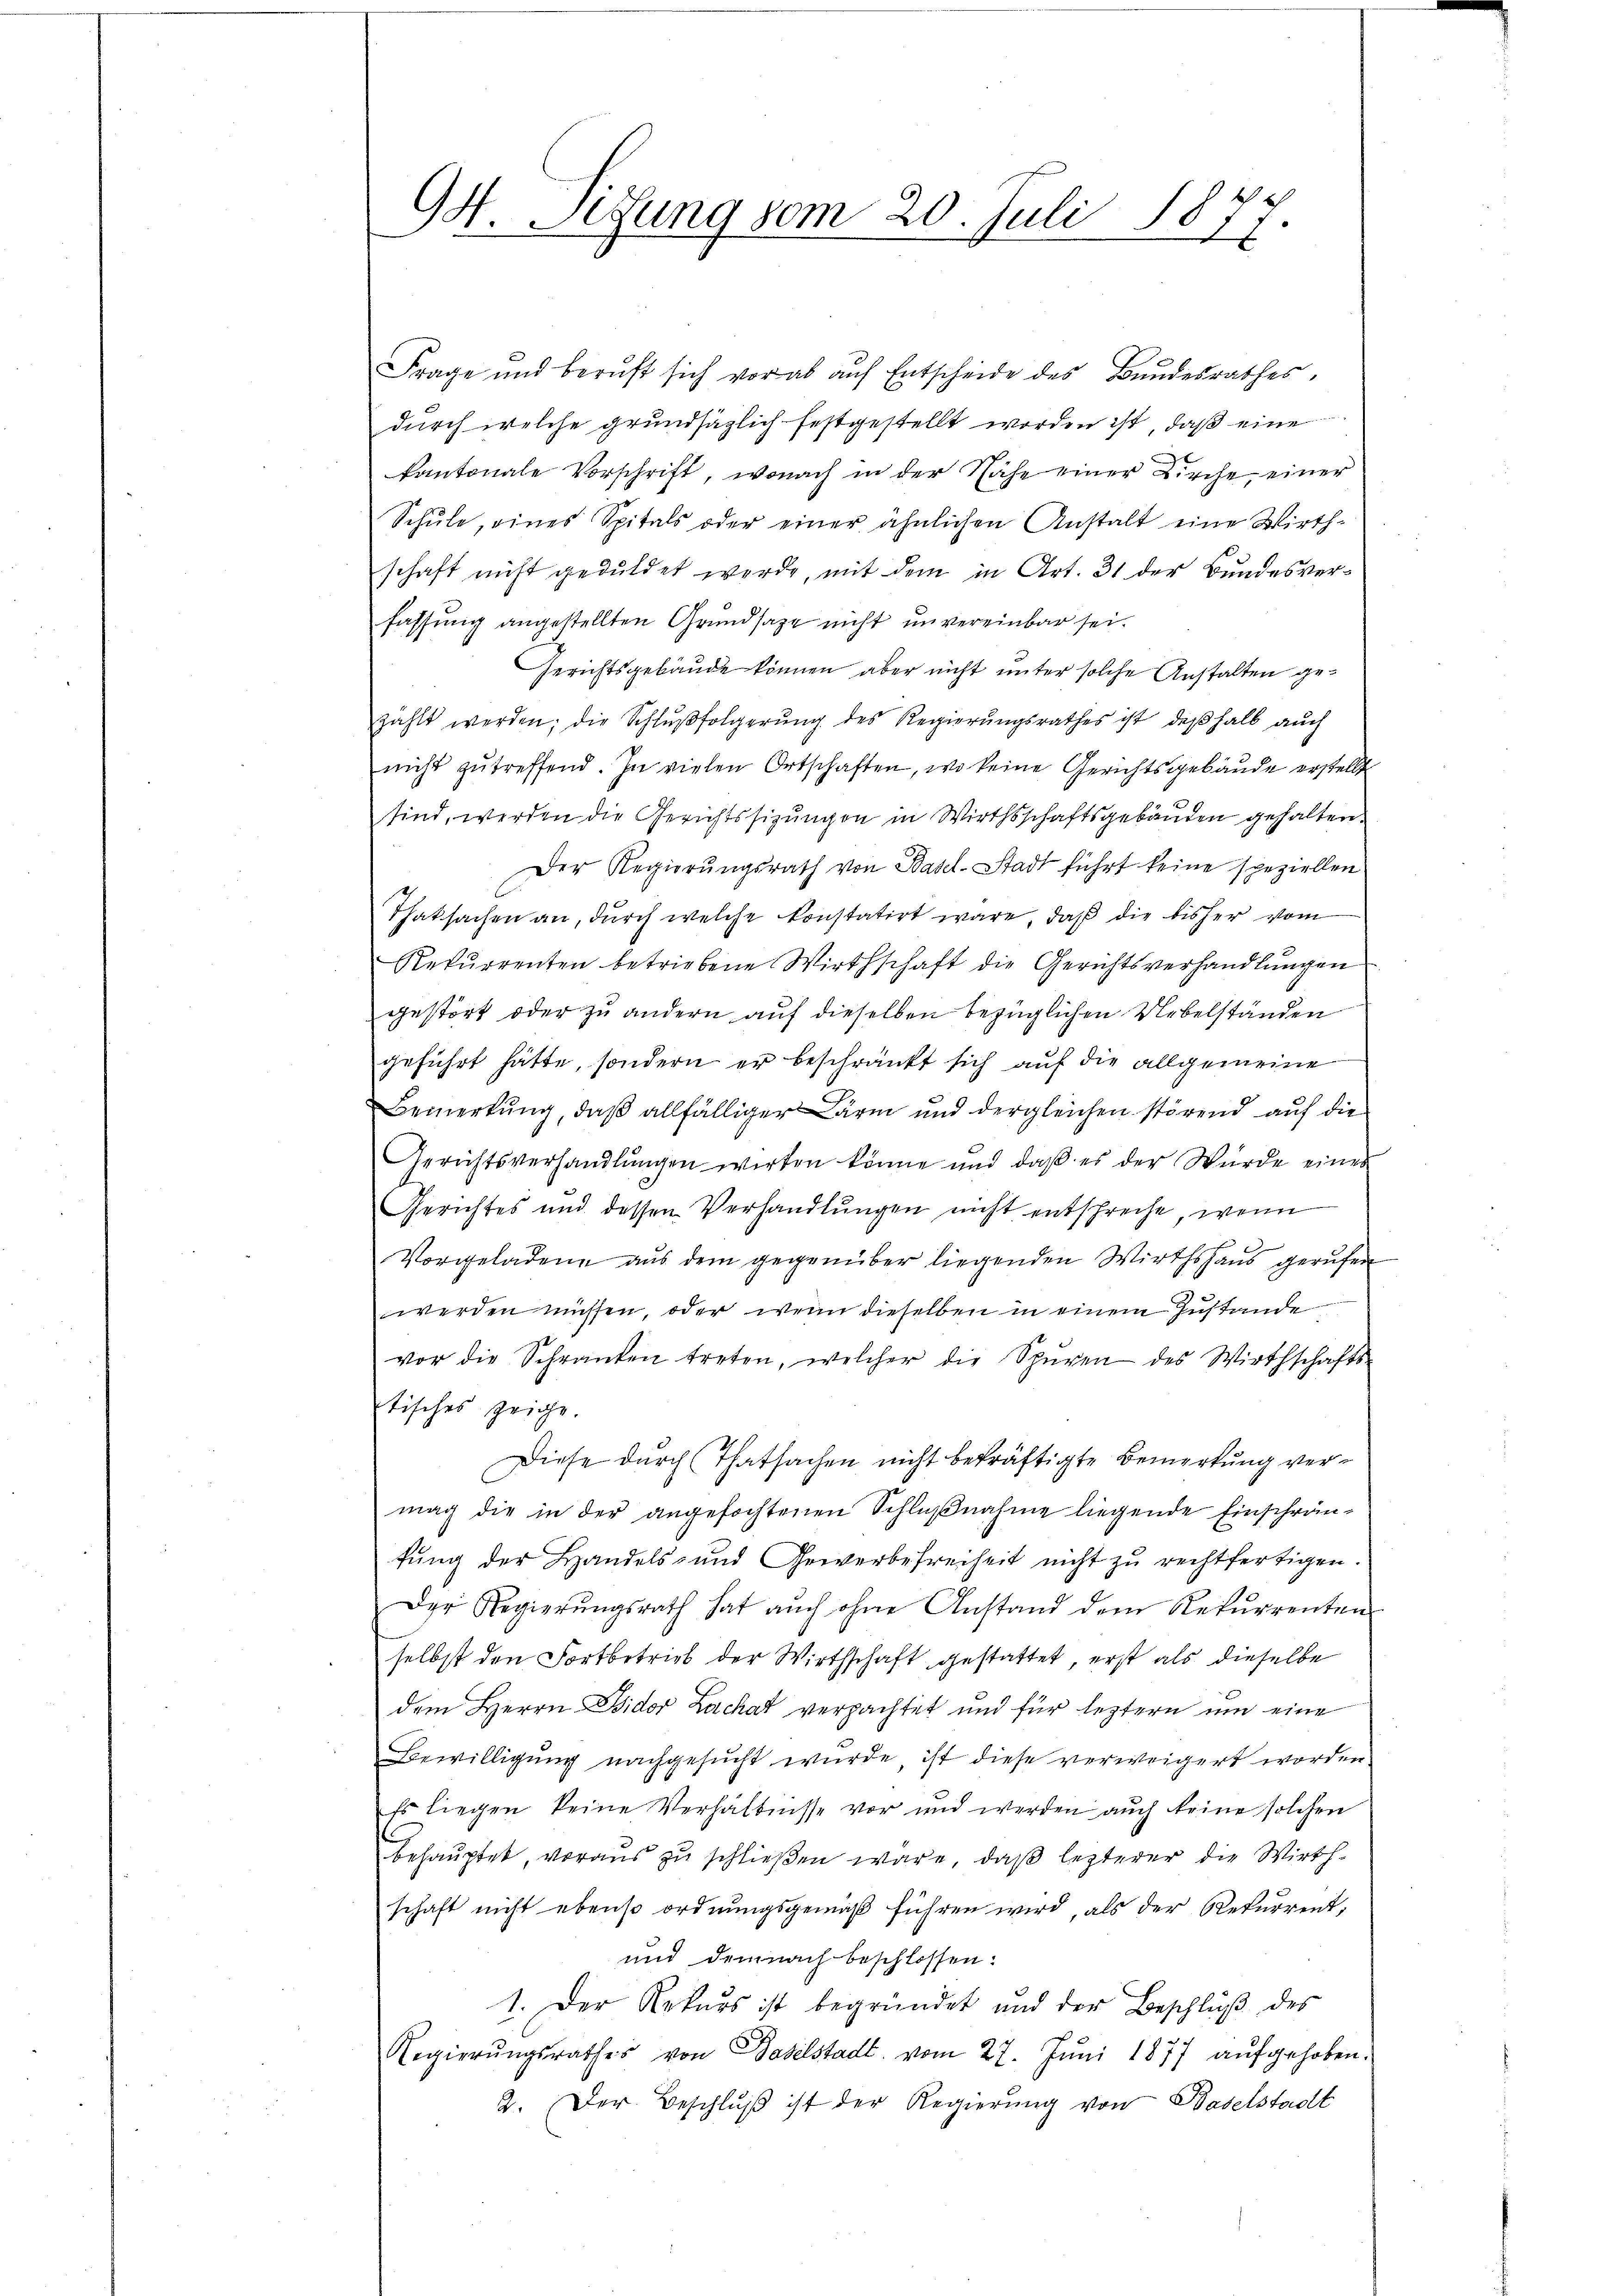
Frage und beruft sich vorab auf Entscheide des Bundesrathes,
durch welche grundsätzlich festgestellt worden ist, daß eine
kantonale Vorschrift, wonach in der Nähe einer Kirche, einer
Schŭle, eines Spitals oder einer ähnlichen Anstalt eine Wirth-
schaft nicht geduldet werde, mit dem in Art. 31 der Bundesverfassung angestellten Grundsaze nicht unvereinbar sei.
Gerichtsgebäude können aber nicht unter solche Anstalten gezählt werden; die Schlŭβfolgerŭng des Regierŭngsrathes ist, deβhalb aŭch
nicht zutreffend. In vielen Ortschaften, wo keine Gerichtsgebäude erstellt
sind, werden die Gerichtssizungen in Wirthschaftsgebäuden gehalten.
Der Regierungsrath von Basel-Stadt führt keine speziellen
Thatsachen an, durch welche konstatirt wäre, daß die bisher vom
Rekŭrrenten betriebene Wirthschaft die Gerichtsverhandlŭngen
gestört oder zu andern auf dieselben bezüglichen Uebelständen
geführt hätte, sondern er beschränkt sich auf die allgemeine
Bemerkung, daß allfälliger Lärm und dergleichen störend auf die
Gerichtsverhandlŭngen wirken könne und daβ es der Würde eines
Gerichtes und dessen Verhandlŭngen nicht entspreche, wenn
Vorgeladene aus dem gegenüber liegenden Wirthshaus gerufen
werden müssen, oder wenn dieselben in einem Zustande
vor die Schranken treten, welcher die Spuren des Wirthschafts-
tisches zeige
Diese durch Thatsachen nicht bekräftigte Bemerkung vermag die in der angefochtenen Schlußnahme liegende Einschränftung der Handels- und Gewerbefreiheit nicht zŭ rechtfertigen.
Der Regierŭngsrath hat auch ohne Anstand dem Rekurrenten
selbst den Fortbetrieb der Wirthschaft gestattet, erst als dieselbe
dem Herrn Wider Zachat verpachtet und für leztern um eine
Bewilligung nachgesucht wurde, ist diese verweigert worden.
Es liegen keine Verhältnisse vor und werden auch keine solchen
behauptet, voraus zu schließen wäre, daß lezterer die Wirthschaft nicht ebenso ordnungsgemäß führen wird, als der Rekurrent,
und demnach beschlossen:
1. Der Rekurs ist begründet und der Beschlŭβ des
Regierŭngsrathes von Baselstadt vom 27. Juni 1877 aufgehoben.
2. Der Beschlŭβ ist der Regierŭng von Baselstadt

94. Sitzung vom 20. Juli 1877.